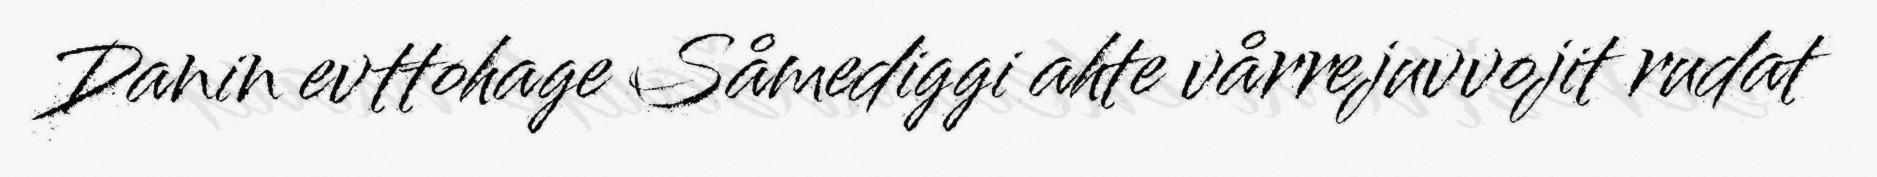
Danin evttohage Såmediggi ahte vårrejuvvojit rudat